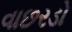
વાછરડો